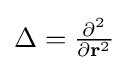
{\textstyle \Delta ={\frac {\partial ^{2}}{\partial \mathbf {r} ^{2}}}}